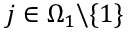
j \in \Omega _ { 1 } \backslash \{ 1 \}